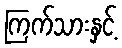
ကြက်သားနှင့်